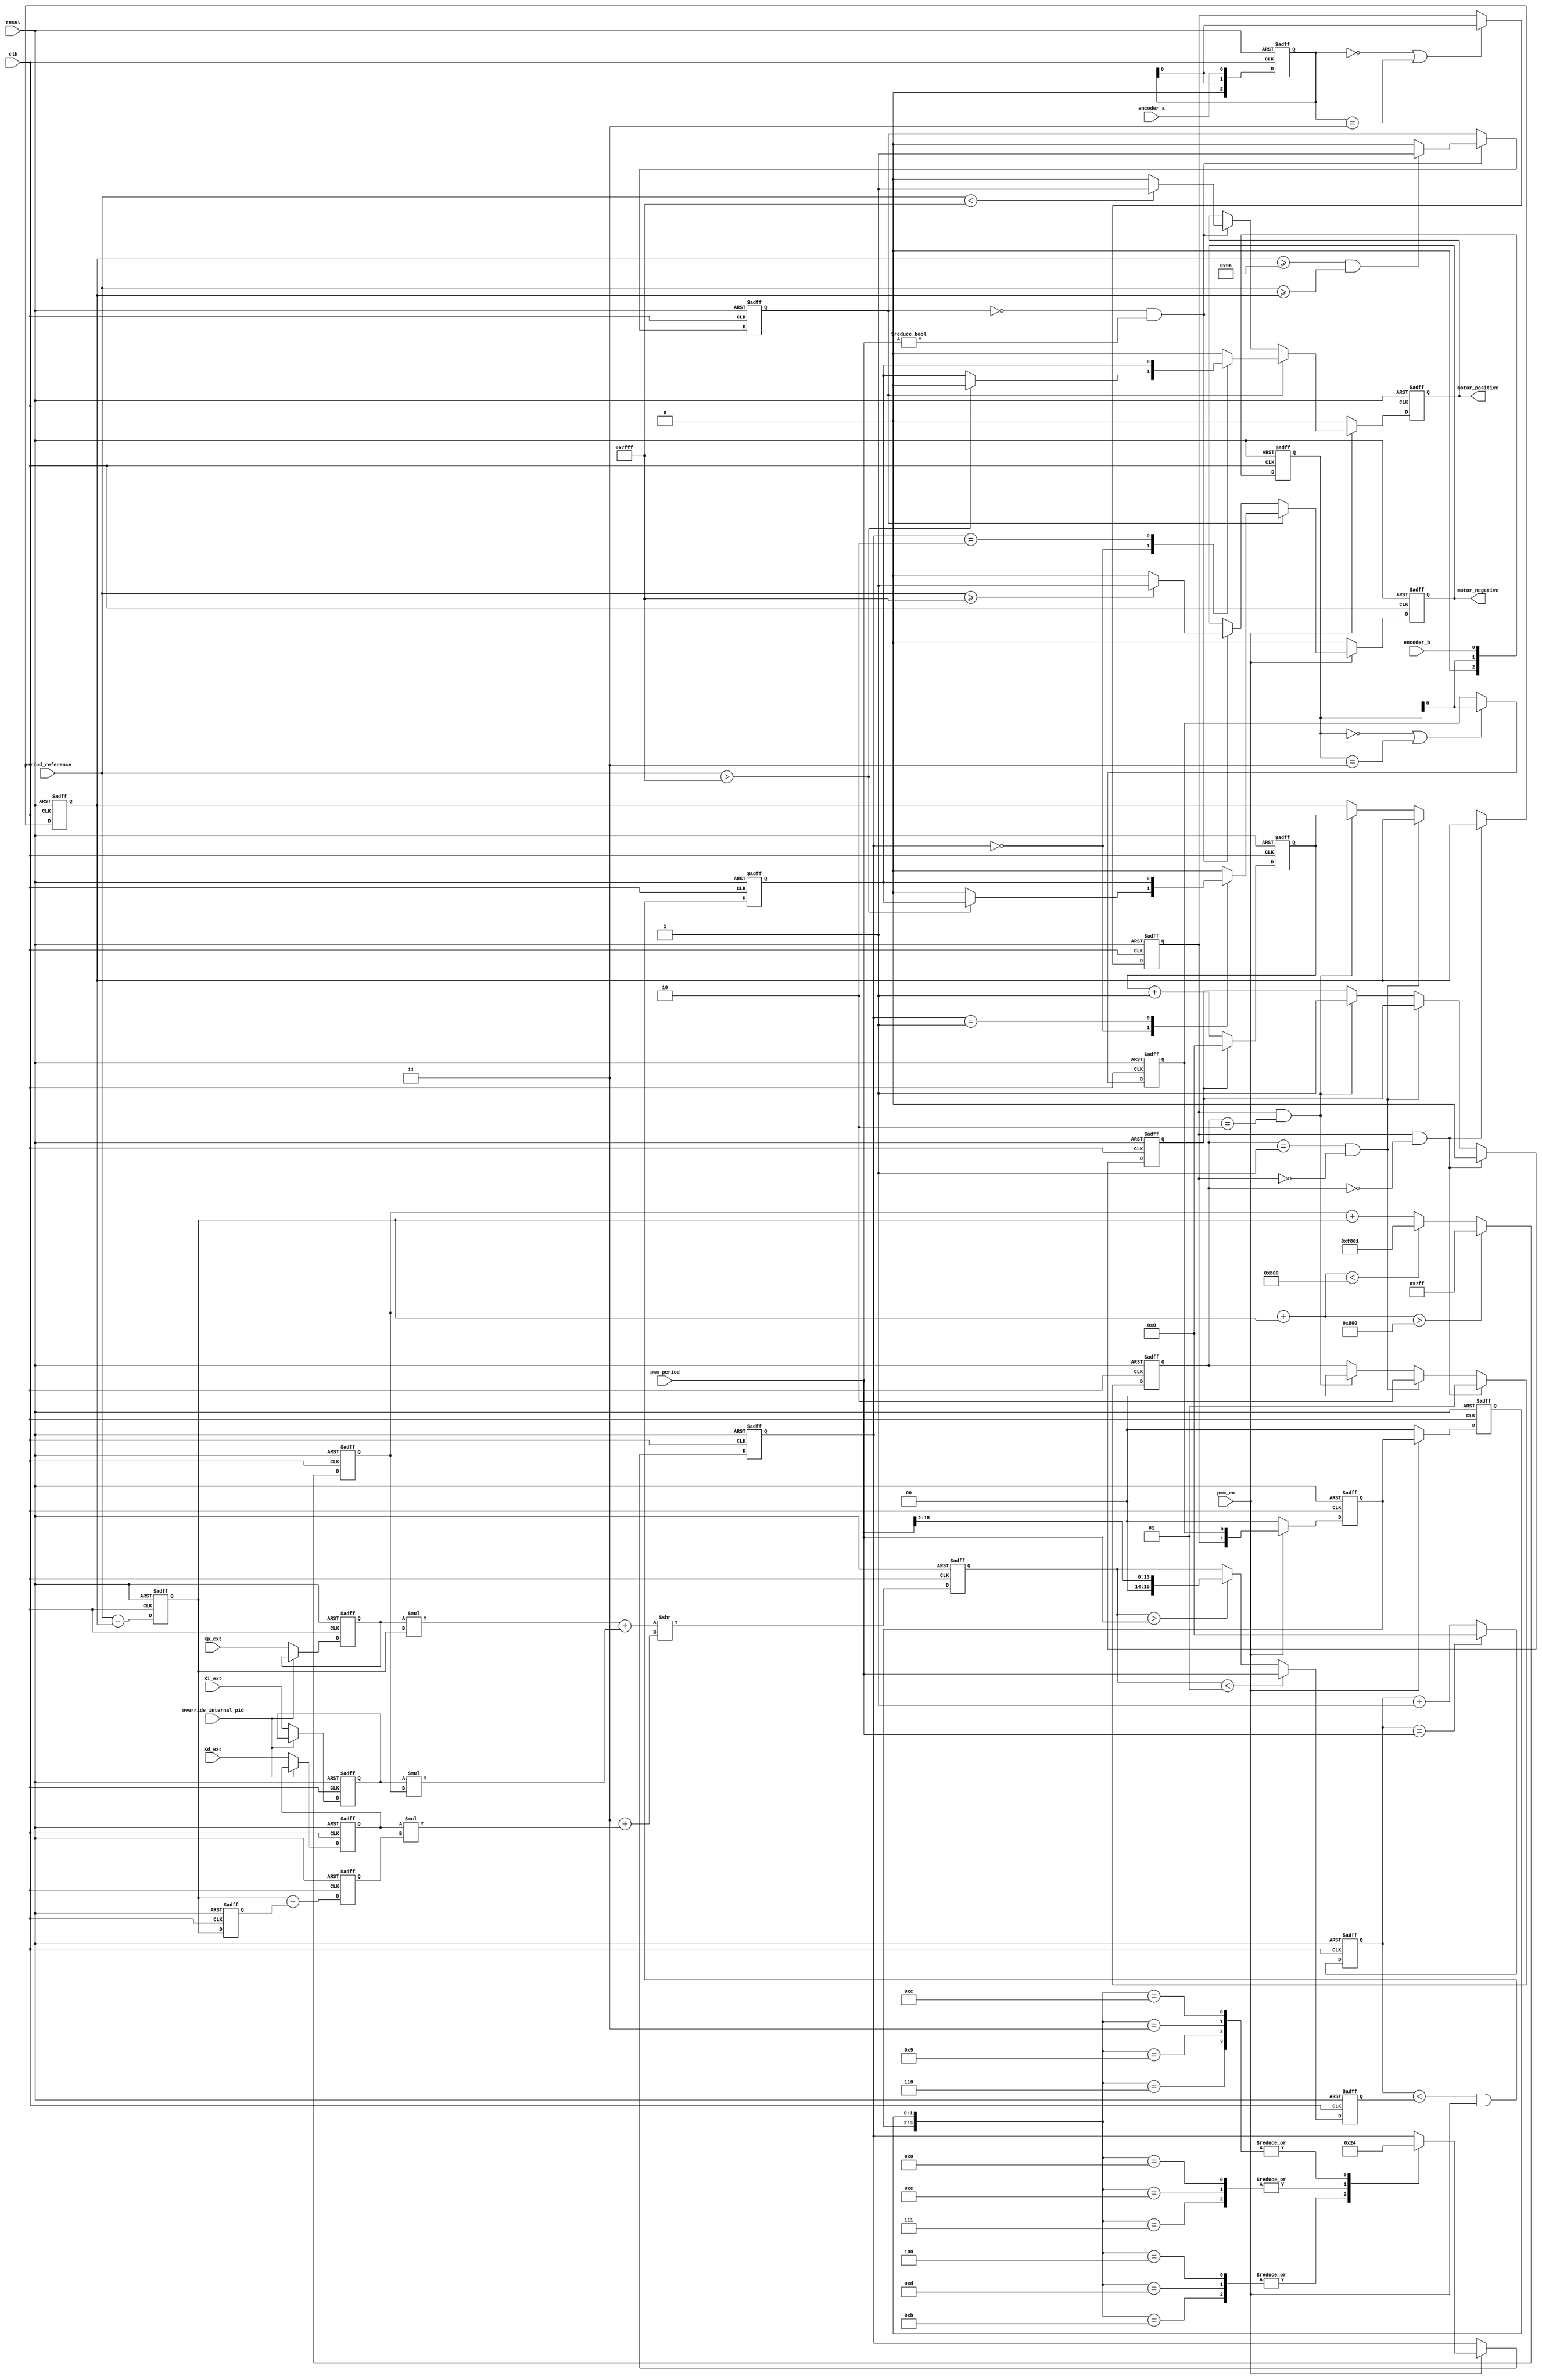
module bldc_esc_1 #(parameter DATA_WIDTH = 16,parameter debounce = 2)(
  input clk,              		// clock input. when there is no clk signal motor does not run
  input reset,            		// when it is 1 motor does run active high
  input pwm_en,						//Pin to enable pwm output	active high
  input encoder_a,  				// encoder A pin input
  input encoder_b,  				// encoder B pin input
  input [DATA_WIDTH-1:0] pwm_period,	//change period in clock cycles
  input [DATA_WIDTH-1:0] period_reference,	// period_reference speed input, commented out since the ambiguity, will try with constant 900RPM period_reference speed
  input [DATA_WIDTH-1:0] Kp_ext,//External proportional constant
  input [DATA_WIDTH-1:0] Ki_ext,//External integral constant
  input [DATA_WIDTH-1:0] Kd_ext,//External derivative constant
  input override_internal_pid,		//select pin for external/internal pid constants
//  output flag_wire,
//  output [1:0] state,
//    output [7:0] speed,
  output reg motor_positive,   		// BLDC motor PWM signal
  output reg motor_negative 			// Motor direction control (1 bit)
);
//  assign flag_wire = flag;
//  assign state = encoder_a_set;
//    assign speed = speed_ctr[7:0];
  reg motor_pwm;
  reg [DATA_WIDTH-1:0] pwm_counter;
  reg [DATA_WIDTH-1:0] pwm_duty_cycle;
  reg [1:0]encoder_state;
  reg [1:0]prev_encoder_state;
  reg [1:0]pwm_direction;
  //PID control////////////////////////////////////////////////
  // PID constants
  reg [DATA_WIDTH-1:0] period_speed ;// Counter connected to rise of encoder A that will infer speed by measuring period of clk cycles
  reg [DATA_WIDTH-1:0] speed_ctr;
  reg [DATA_WIDTH-1:0] Kp ;
  reg [DATA_WIDTH-1:0] Ki ;
  reg [DATA_WIDTH-1:0] Kd ;
  // Variables for PID control
  reg signed[DATA_WIDTH-1:0] error;
  reg signed[(DATA_WIDTH)-1:0] integral;
  reg signed[DATA_WIDTH-1:0] derivative;
  reg signed[(DATA_WIDTH)-1:0] pid_output;
  reg signed[DATA_WIDTH-1:0] previous_error;
  
  reg [2:0] encoder_a_shift_reg;
  reg encoder_a_reg;
  reg [2:0] encoder_b_shift_reg;
  reg encoder_b_reg;
  reg flag;
  reg counter_rst;
  reg [1:0]encoder_a_set;
 always @(posedge clk or posedge reset) begin
    if (reset) begin
        counter_rst <= 1'b1;
        encoder_a_set <= 2'b0;
        flag <= 1'b0;
        integral <= 16'b0;
        pwm_counter <= {DATA_WIDTH{1'b0}};
        encoder_state <= 2'b0;
        prev_encoder_state <= 2'b0;
        pwm_direction<=2'b00;
        motor_positive<=1'b0;
        motor_negative<=1'b0;
        Kp <= 16'h1;
        Ki <= 16'd0;
        Kd <= 16'd0;
        speed_ctr<={DATA_WIDTH{1'b0}};
        previous_error <= {DATA_WIDTH{1'b0}};
        error<=8'b0;
        period_speed <= 16'b0;
        pid_output <= 16'b0;
        derivative <= 16'b0;
        pwm_duty_cycle <= 16'b0;
        motor_pwm <= 1'b0;
        
        encoder_a_shift_reg <= 3'b0;
        encoder_a_reg <= 1'b0;
        encoder_b_shift_reg <= 3'b0;
        encoder_b_reg <= 1'b0;
    end 
    else begin
        encoder_a_shift_reg <= {encoder_a_shift_reg[debounce-2:0],encoder_a};
        if (encoder_a_shift_reg == {debounce{1'b0}} || encoder_a_shift_reg == {debounce{1'b1}})begin
            encoder_a_reg <= encoder_a_shift_reg[0];
        end
        
        encoder_b_shift_reg <= {encoder_b_shift_reg[debounce-2:0],encoder_b};
        if (encoder_b_shift_reg == {debounce{1'b0}} || encoder_b_shift_reg == {debounce{1'b1}})begin
            encoder_b_reg <= encoder_b_shift_reg[0];
        end
        
//        pid_output <= (Kp * error)>>4 + (Ki * integral)>>4 + (Kd * derivative)>>4;	//compute pid response
        pid_output <= (Kp * error) + (Ki * integral)>>3 + (Kd * derivative);	//compute pid response
        if(pid_output<1) begin			//if pid output is negative, cap at 0
			pwm_duty_cycle<=pwm_period;
		end 
		else if (pid_output>pwm_period) begin	//if pid output above period, give 100% pwm
			pwm_duty_cycle<=pwm_period>>2;
		end
		else begin
			pwm_duty_cycle<=pid_output;	//if in between values, give pid output as pwm
		end
		
        derivative <= error - previous_error;
        if (integral + error > 2048) begin //These are very high values for ASIC, need to push for lower register(?)
            integral <= 2047;
        end
        else if (integral + error < -2048) begin
            integral <= -2047;
        end
        else begin
            integral <= integral + error;
        end
        
        previous_error<=error;
        error <= period_reference - period_speed;
        motor_pwm <= (pwm_counter < pwm_duty_cycle) & pwm_en; // Generate PWM signal and send it to the motor
        // Reset PWM counter at the end of the PWM period
        if (pwm_counter == pwm_period) begin
            pwm_counter <= 16'd0;
        end
        else begin
            pwm_counter <= pwm_counter + 1;
        end
        encoder_state <= {encoder_a_reg, encoder_b_reg};
        prev_encoder_state <= encoder_state;
        if(pwm_en)begin
            case ({encoder_state, prev_encoder_state})
                4'b0100, 4'b1101,4'b1011: begin// Rotate in one direction (e.g., forward)
                    pwm_direction<=2'b10;
                end
                4'b1000,4'b1110,4'b0111: begin// Rotate in the opposite direction (e.g., reverse)
                    pwm_direction<=2'b01;
                end
                4'b1100, 4'b0011, 4'b1001,4'b0110: begin// No change (no rotation)
                    pwm_direction<=2'b00;
                end
                default: begin
                    pwm_direction<=pwm_direction;// Keep the previous direction in case of an unexpected state
                end
            endcase
        end
        else begin
            encoder_state <= 2'b0;
            prev_encoder_state <= 2'b0;
        end
        
        if(!flag && (pwm_period!=0))begin
            motor_positive <= (period_reference<32767) ? (1'b1) : (1'b0);
            motor_negative <= (period_reference>=32767) ? (1'b1) : (1'b0);
            flag <= ((period_speed>=150) && (period_reference>=period_speed)) ? (1'b1): (1'b0);
        end
        if(pwm_en==1'b0)begin
            motor_positive<=1'b0;
            motor_negative<=1'b0;
		end
		else if (flag)begin
            case(pwm_direction)
                2'b00: begin
      				if(period_reference>32767) begin //check negative references by 2's complement
						motor_positive<=1'b0;
						motor_negative<=motor_pwm;
					end
					else begin
						motor_positive<=motor_pwm;
						motor_negative<=1'b0;
					end
                end 
                2'b01:begin
                    motor_positive<=1'b0;
                    motor_negative<=motor_pwm;
                end
                2'b10:begin
                    motor_positive<=motor_pwm;
                    motor_negative<=1'b0;
                end
                default: begin
                    motor_positive <= 1'b0;
                    motor_negative <= 1'b0;
                end
            endcase
        end
		if(!override_internal_pid) begin
			Kp<=Kp_ext;
			Ki<=Ki_ext;
			Kd<=Kd_ext;
		end 
		else begin
			Kp<=Kp;
			Ki<=Ki;
			Kd<=Kd;
		end
		
		if(encoder_a_reg && encoder_a_set==2'b00)begin
		  counter_rst <= 1'b0;
		  encoder_a_set <= 2'b01;
		end
		else if(encoder_a_set==2'b01 && !encoder_a_reg)begin
		  encoder_a_set <= 2'b10;
		end
		else if (encoder_a_reg && encoder_a_set==2'b10)begin
		  counter_rst <= 1'b1;
		  encoder_a_set <= 2'b00;
          period_speed<=speed_ctr;
		end
		
		if(counter_rst)begin
		    speed_ctr <= 16'b0;
		end
		else begin
            speed_ctr<=speed_ctr+1;
		end
		
//        if((prev_encoder_state[1]==1'b0 && encoder_a_reg==1'b1) || speed_ctr==16'hffff) begin
//            period_speed<=speed_ctr;
//            speed_ctr<={DATA_WIDTH{1'b0}};
//        end else begin
//            speed_ctr<=speed_ctr+1;
//        end
    end
 end
endmodule